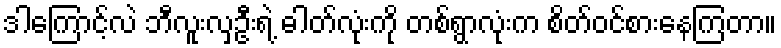
ဒါကြောင့်လဲ ဘီလူးလှဦးရဲ့ ဓါတ်လုံးကို တစ်ရွာလုံးက စိတ်ဝင်စားနေကြတာ။